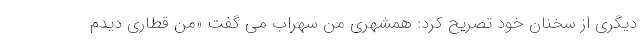
دیگری از سخنان خود تصریح کرد: همشهری من سهراب می گفت «من قطاری دیدم